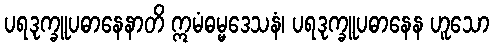
ပရဒုက္ခူပဓာနေနာတိ ဣမံဓမ္မဒေသနံ၊ ပရဒုက္ခူပဓာနေန ဟူသော